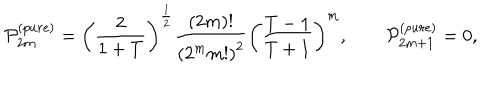
LaTeX: { \cal P } _ { 2 m } ^ { ( p u r e ) } = \left( \frac 2 { 1 + T } \right) ^ { \frac 1 2 } \frac { ( 2 m ) ! } { \left( 2 ^ { m } m ! \right) ^ { 2 } } \left( \frac { T - 1 } { T + 1 } \right) ^ { m } , \qquad { \cal P } _ { 2 m + 1 } ^ { ( p u r e ) } = 0 ,